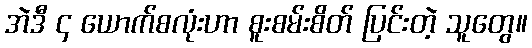
အဲဒီ ၄ ယောက်စလုံးဟာ စူးစမ်းစိတ် ပြင်းတဲ့ သူတွေ။